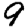
Digit: 9